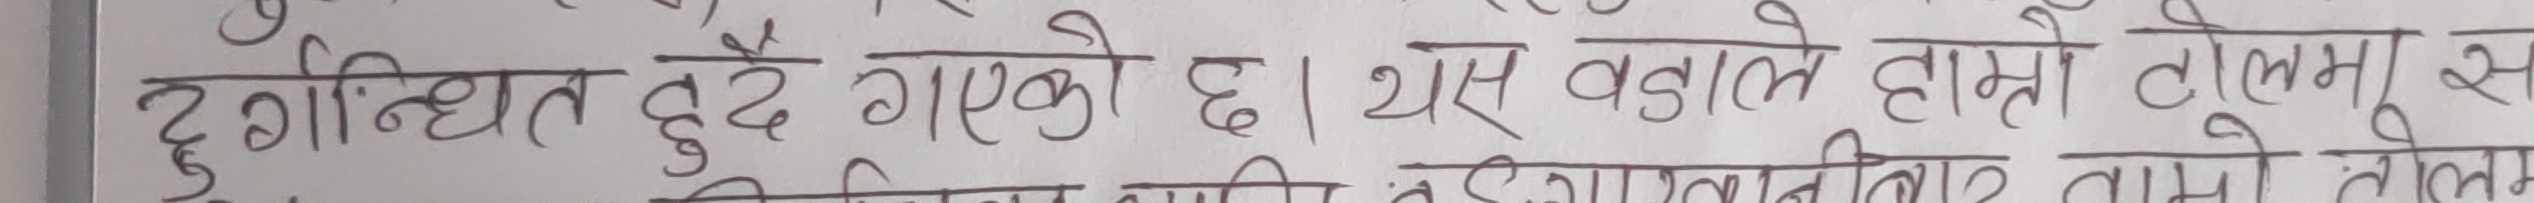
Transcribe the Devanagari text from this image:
दुर्गन्धित हुँदै गएको छ। यस वकालत हाम्रो टोलमा